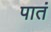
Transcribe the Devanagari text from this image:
पातं